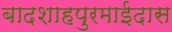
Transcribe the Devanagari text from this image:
बादशाहपुरमाईदास